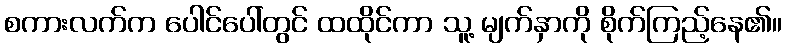
စကားလက်က ပေါင်ပေါ်တွင် ထထိုင်ကာ သူ့ မျက်နှာကို စိုက်ကြည့်နေ၏။